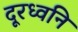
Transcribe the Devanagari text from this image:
दूरध्वनि